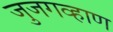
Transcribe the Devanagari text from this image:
जुजगव्हाण